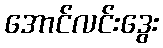
အောင်လင်းဒွေး